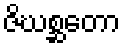
ဇိဃစ္ဆတော